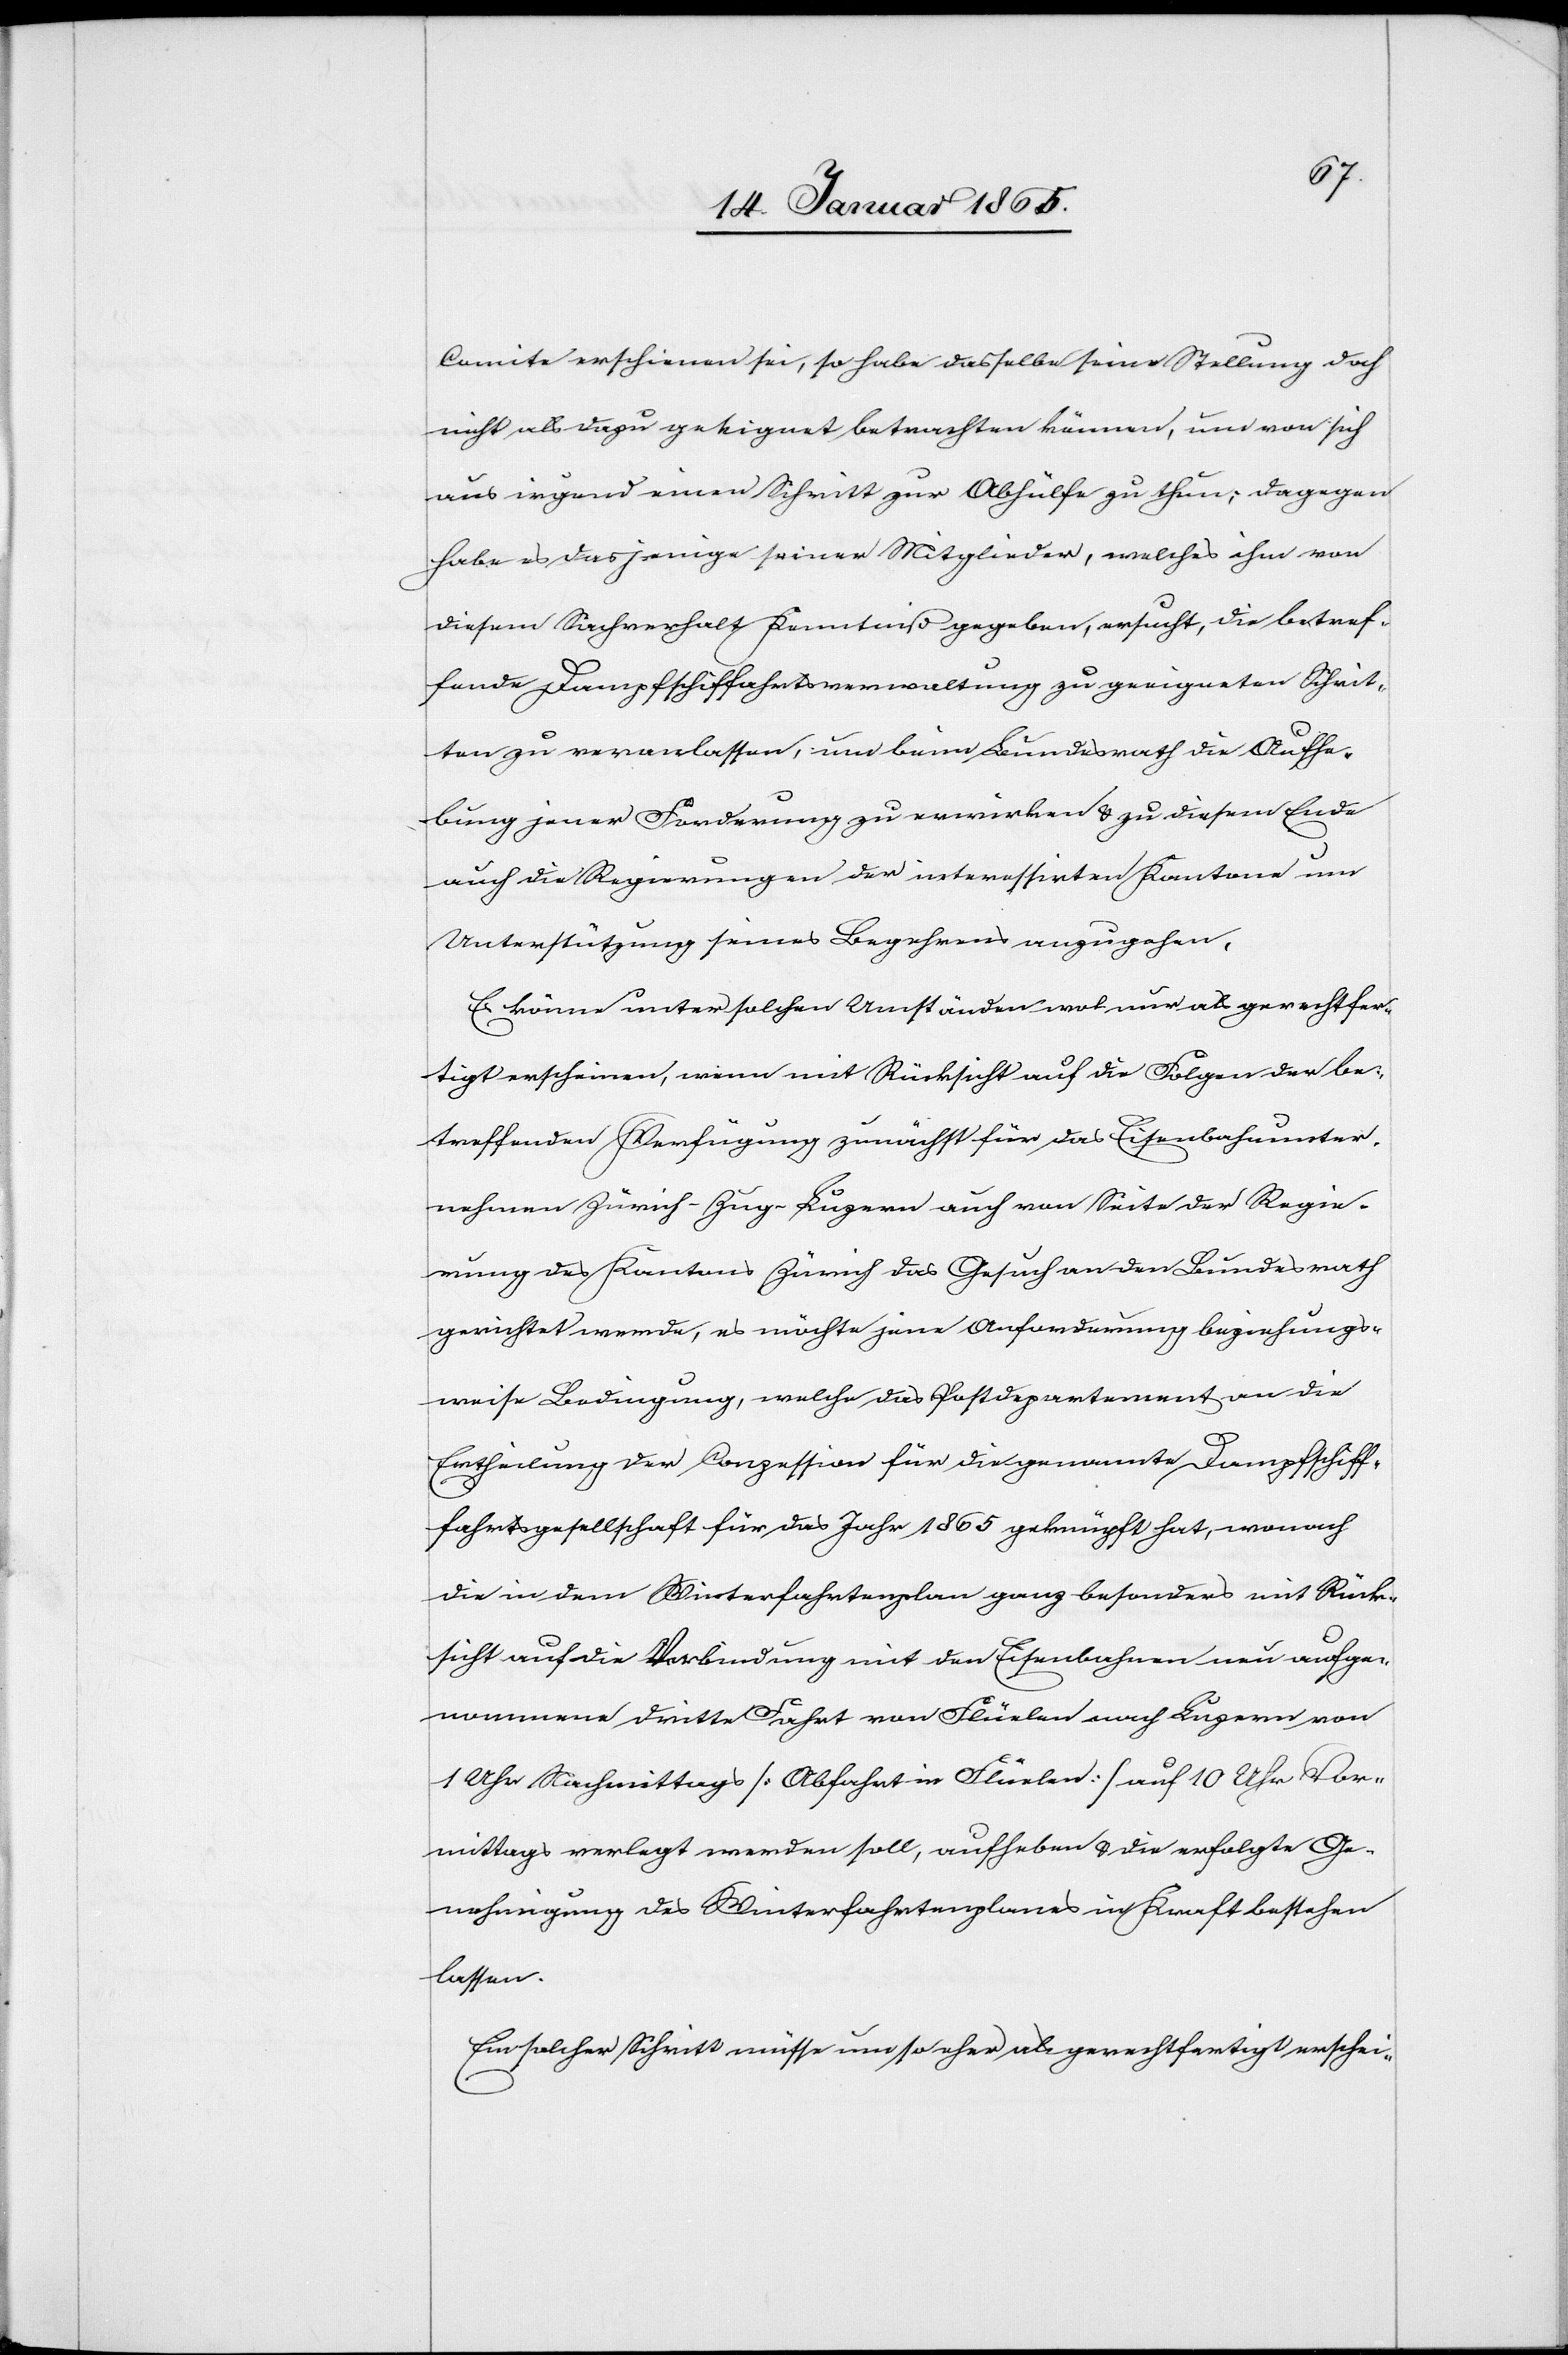
Comite erschienen sei, so habe dasselbe seine Stellung doch
nicht als dazu geeignet betrachten können, um von sich
aus irgend einen Schritt zur Abhülfe zu tun; dagegen
habe es dasjenige seiner Mitglieder, welches ihm von
diesem Sachverhalt Kenntniß gegeben, ersucht, die betref¬
fende Dampfschiffahrtsverwaltung zu geeigneten Schrit¬
ten zu veranlassen, um beim Bundesrath die Aufhe¬
bung jener Forderung zu erwirken u. zu diesem Ende
auch die Regierung der interressirten Kantone um
Unterstützung seines Begehrens anzugehen.
Es könne unter solchen Umständen wol nur als gerechtfer¬
tigt erscheinen, wenn mit Rücksicht auf die Folgen der be¬
treffenden Verfügung zunächst für das Eisenbahnunter¬
nehmen Zürich-Zug-Luzern auch von Seite der Regie¬
rung des Kantons Zürich das Gesuch an den Bundesrath
gerichtet werde, es möchte jene Anforderung beziehungs¬
weise Bedingung, welche das Postdepartement an die
Ertheilung der Conzession für die genannte Dampfschiff¬
fahrtsgesellschaft für das Jahr 1865 geknüpft hat, wonach
die in dem Winterfahrtenplan ganz besonders mit Rück¬
sicht auf die Verbindung mit den Eisenbahnen neu aufge¬
nommene dritte Fahrt von Flüelen nach Luzern von
1 Uhr Nachmittags [Abfahrt in Flüelen] auf 10 Uhr Vor¬
mittags verlegt werden soll, aufheben u. die erfolgte Ge¬
nehmigung des Winterfahrtenplanes in Kraft bestehen
lassen.
Ein solcher Schritt müsse um so eher als gerechtfertigt erschei-